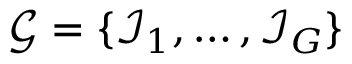
\mathcal { G } = \{ \mathcal { I } _ { 1 } , \ldots , \mathcal { I } _ { G } \}